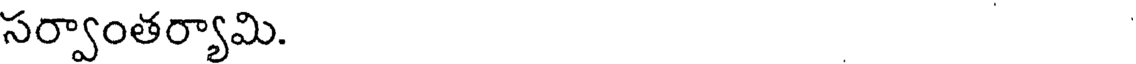
సర్వాంతర్యామి.